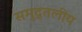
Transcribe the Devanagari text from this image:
समुद्र्तलीय